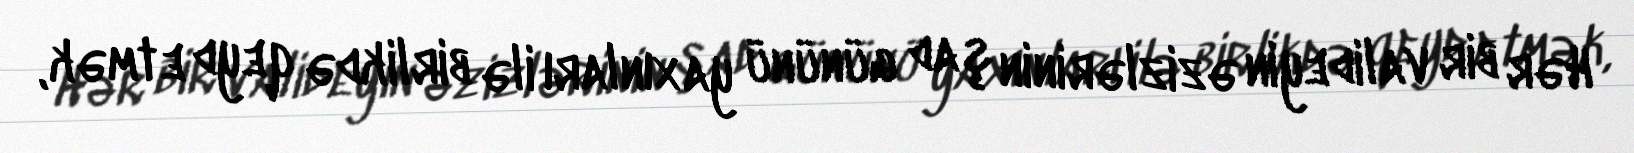
Hər bir valideyin əzizlərinin şad gününü yaxınları ilə birlikdə qeyd etmək,